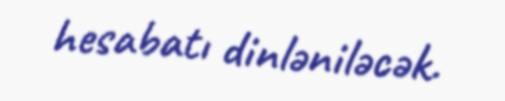
hesabatı dinləniləcək.